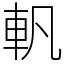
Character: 軓